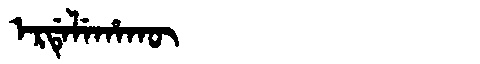
Manchu: ᡝᡵᡩᡝᠯᡝᡥᠠᡴᡡ
Romanization: ERDELEHAKŪ